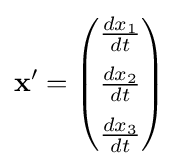
\mathbf {x'} ={\begin{pmatrix}{\frac {dx_{1}}{dt}}\\[2mm]{\frac {dx_{2}}{dt}}\\[2mm]{\frac {dx_{3}}{dt}}\end{pmatrix}}